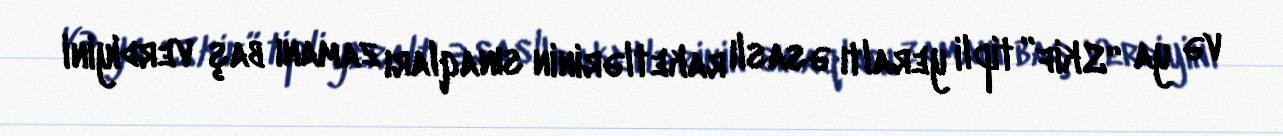
və ya “Skif” tipli yeraltı əsaslı raketlərinin sınaqları zamanı baş verdiyini